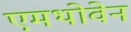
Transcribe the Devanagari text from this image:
एमथोवेन